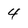
Character: 4